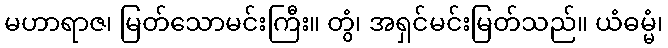
မဟာရာဇ၊ မြတ်သောမင်းကြီး။ တွံ၊ အရှင်မင်းမြတ်သည်။ ယံဓမ္မံ၊